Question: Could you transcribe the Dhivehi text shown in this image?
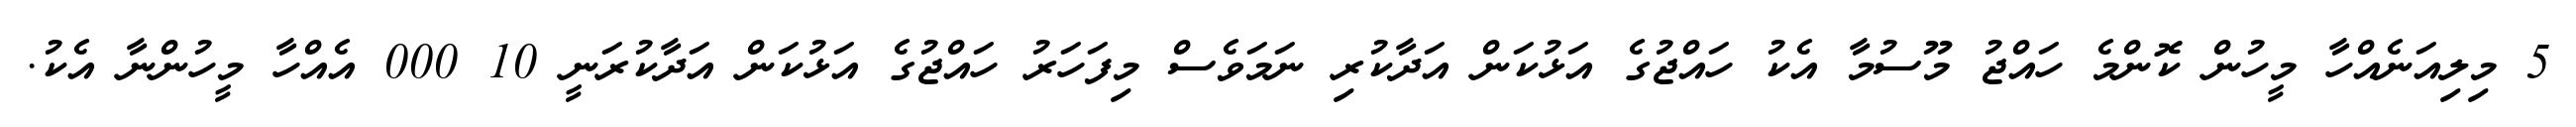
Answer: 5 މިލިއަނެއްހާ މީހުން ކޮންމެ ހައްޖު މޫސުމާ އެކު ހައްޖުގެ އަޅުކަން އަދާކުރި ނަމަވެސް މިފަހަރު ހައްޖުގެ އަޅުކަން އަދާކުރަނީ 10 000 އެއްހާ މީހުންނާ އެކު.